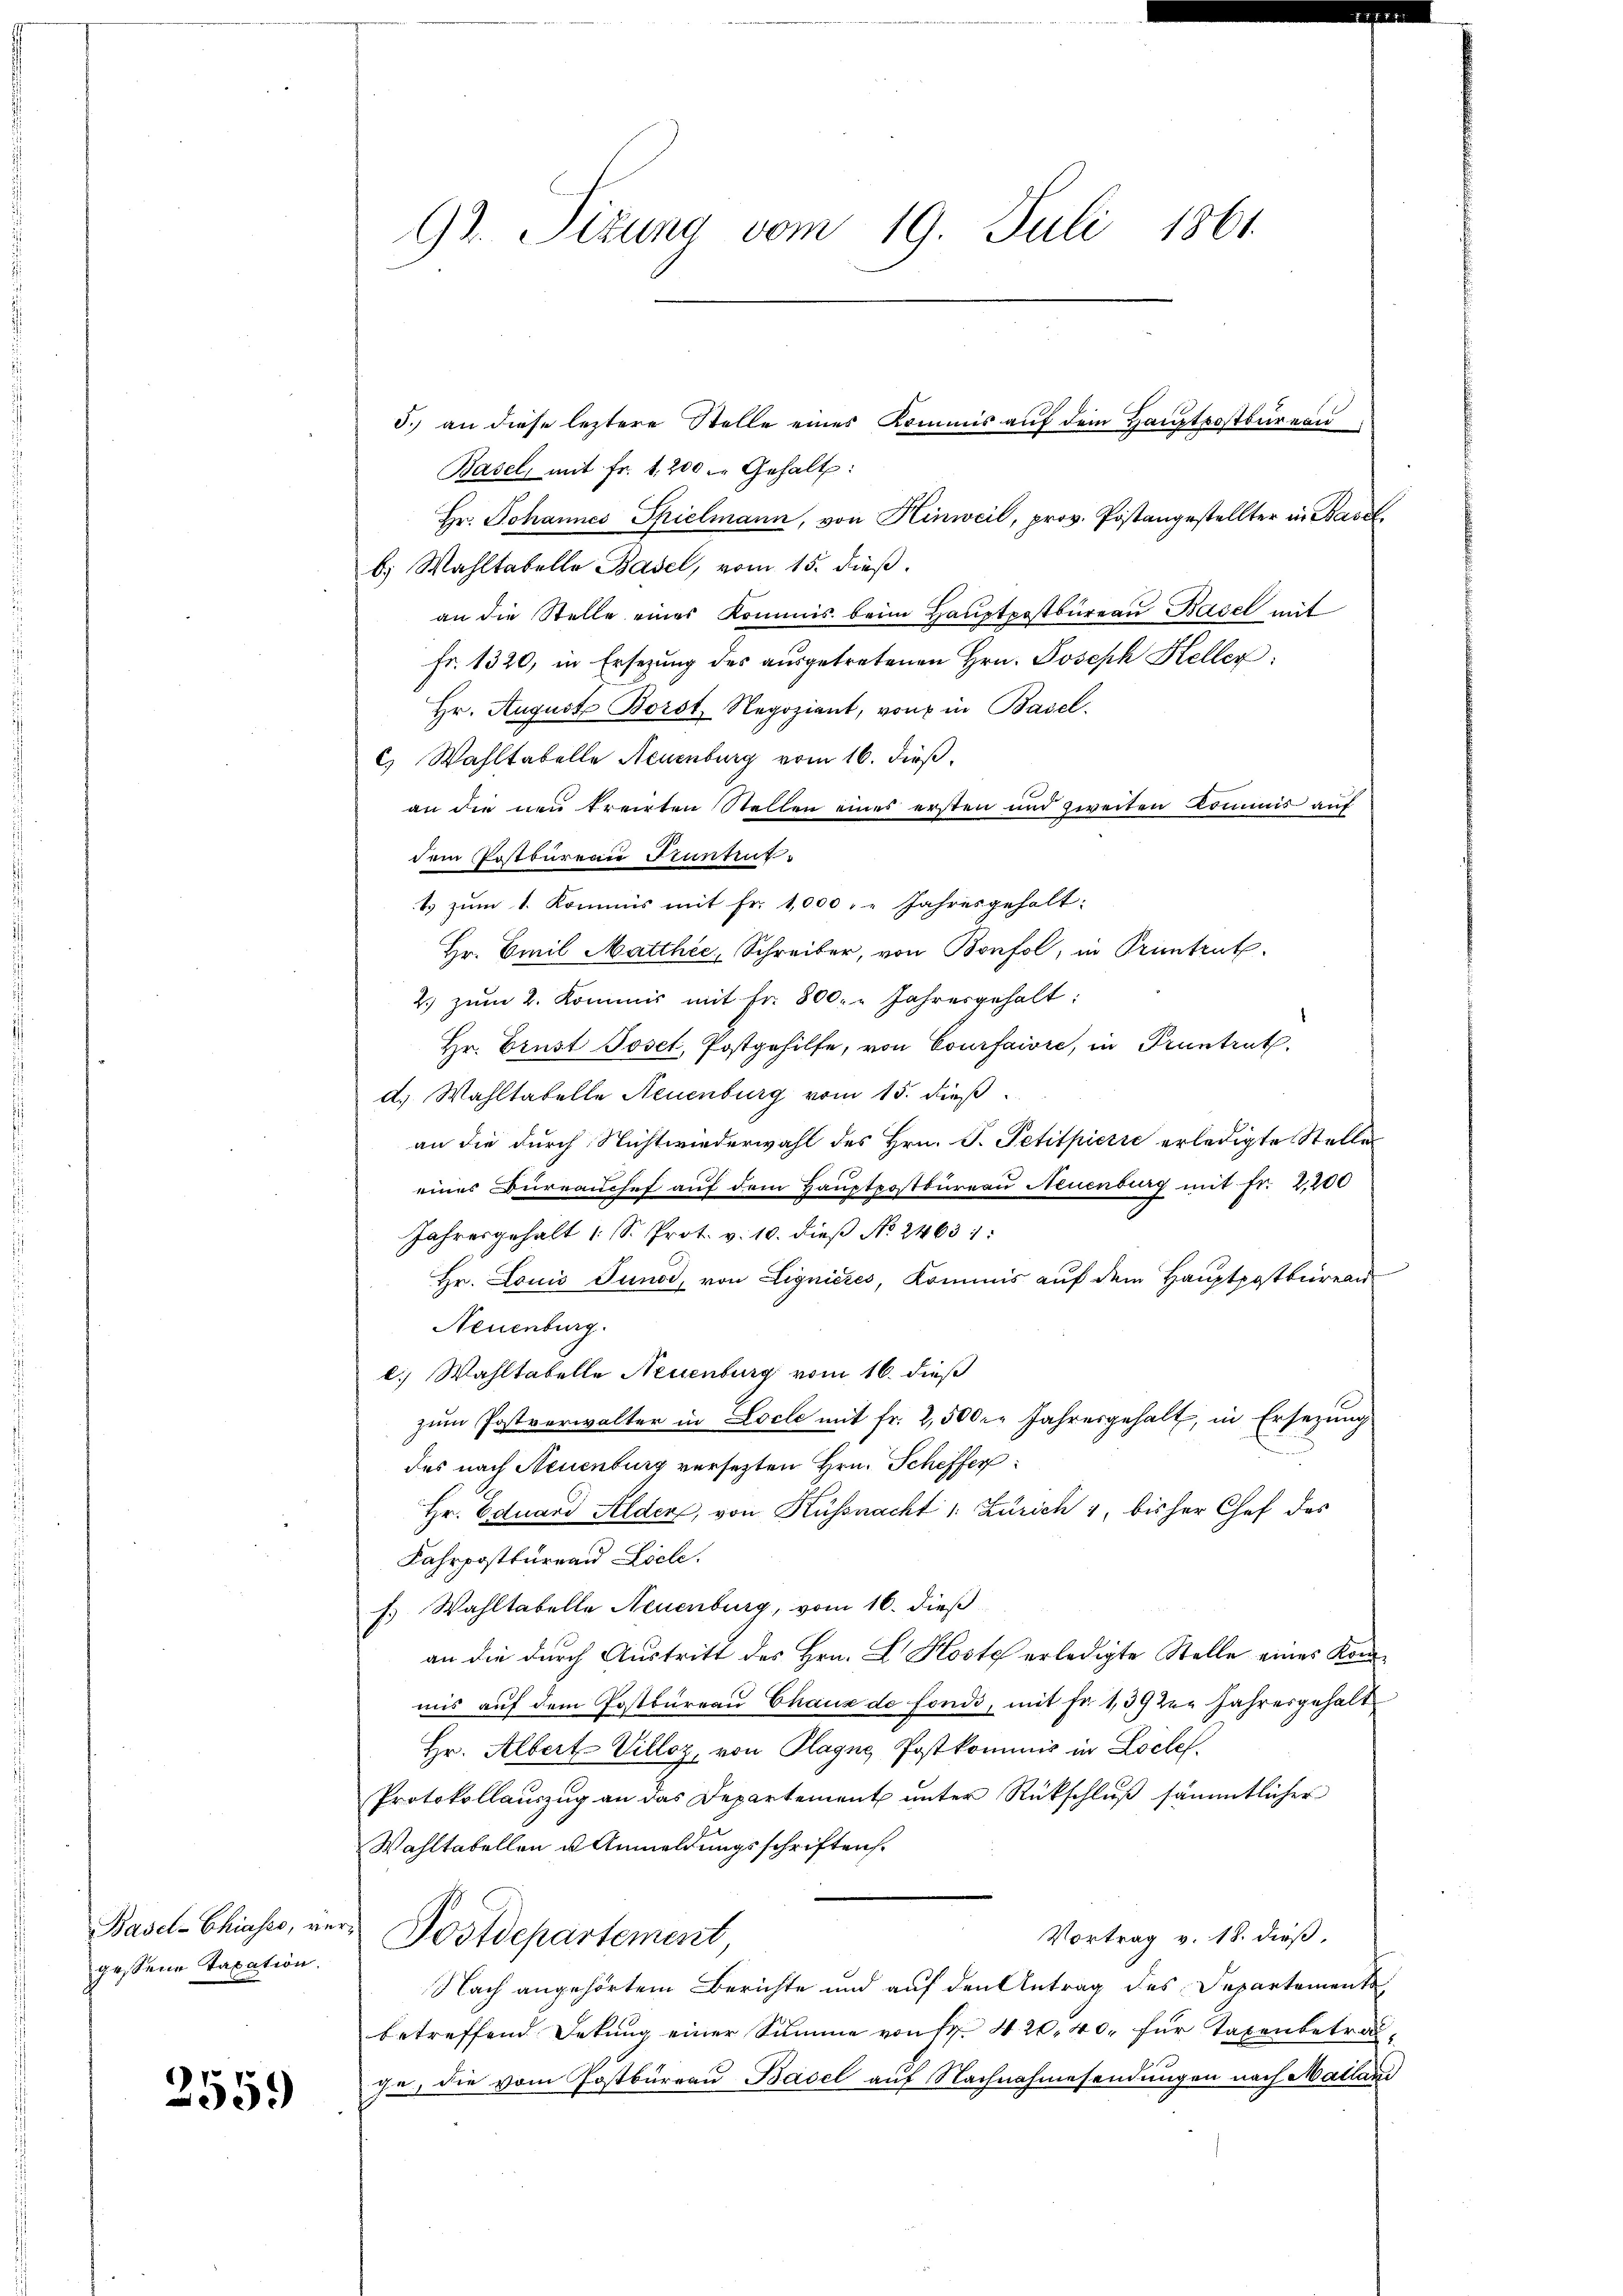
gessene Taxation.

2559)

5. an diese leztere Stelle eines Kommis auf dem Hauptpostbüreau
Basel, mit fr. 1200 l. Gehalt:
Hr. Johannes Spielmann, von Hinweil, prov. Postangestellter in Baselb) Wahltabelle Basel, vom 15. dieß.
an die Stelle eines Kommis beim Haŭptpostbüreaŭ Bagel mit
Fr. 1320, in Ersezung des ausgetretenen Hrn. Joseph Heller
Hr. August Borst Negoziant, von in Basel.
c) Wahltabelle Neuenburg vom 16. dieß.
an die neu treirten Stellen eines ersten und zweiten kommis auf
dem Postbureau Pruntrut
1 zum 1. Kommis mit Fr. 1,000 " " Jahresgehalt:
Hr. Emil Matthee, Schreiber, von Bonfol, in Pruntrut
2. zŭm 2. Kommis mit Fr. 800. " Jahresgehalt:
Hr. Brust Joset, Postgehilfe, von Courfaire, in Pruntrut
d. Wahltabelle Neuenburg vom 15. dieß
an die durch Nichtwiederwahl des Hrn. P. Petitpicrić erledigte Stelle
eines Büreaŭchef auf dem Hauptpostbüreau Neuenburg mit fr. 2,200
Jahresgehalt 1 S. Prot. v. 10. dieβ No. 2463 1:
Hr. Louis Tunod, von Lignieres, Kommis auf dem Hauptpostbierend
Neuenburg.
c. Wahltabelle Neuenburg vom 16. dieß
zŭm Postverwalter in Locle mit fr. 2,500. Jahresgehalt, in Ersezung
des nach Neuenburg versetzten Hrn. Scheffer
Hr. Eduard Alder, von Küssnacht 1. Zürich 1, bisher Chef des
Fahrpostbureau Ziel.
f. Wahltabelle Neuenburg, vom 16. dieß
an die durch Austritt des Hrn. L. Koste erledigte Stelle eines Konmis auf dem Postbureau Chaux de fonds, mit Fr. 1392. Jahresgehalt
Hr. Albert Villoz, von Plagne, Postkommis in Loche
Protokollaŭszŭg an das Departement ŭnter Rückschlŭβ sämmtlicher
Wahltabellen u. Anmeldungsschriften.
Basel-Chinses, vers Postdepartement
Vortrag v. 18. dieß,
Nach angehörtem Berichte und auf den Antrag des Departements
betreffend Dekung einer Summe von fr. 420, 40, für Taxenbetrag-
ihn, die vom Postbureau Basel auf Nachnahmesendungen nach Mailand

97. Sizung vom 19. Juli 1861.